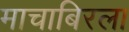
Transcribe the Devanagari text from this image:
माचाबिरला